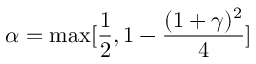
\alpha = \operatorname* { m a x } [ \frac { 1 } { 2 } , 1 - \frac { ( 1 + \gamma ) ^ { 2 } } { 4 } ]